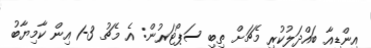
އިންޑިއާ ބައްދަލުކުރި މެޗަށް ތިބި ސަޕޯޓަރުން: އެ މެޗު 3-1 އިން ކާމިޔާބު